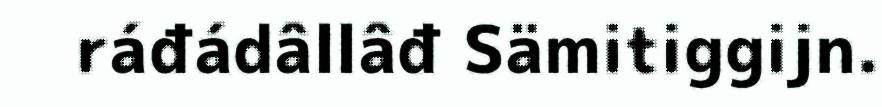
ráđádâllâđ Sämitiggijn.